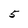
Character: 5